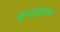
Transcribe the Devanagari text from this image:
बृहद्‌लुब्धक